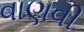
વાણવી